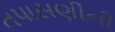
તપાસણીની